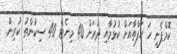
ކޮމްޕެނީ ހަ ހަފްތާއަށް ކުޅުމާއި ދުރަށް 40 މިނެޓް 40 ސިކުންތު ކުރިން.